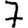
Digit: 7